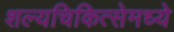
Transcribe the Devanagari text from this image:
शल्यचिकित्सेमध्ये